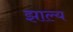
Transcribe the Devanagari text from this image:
झाल्य